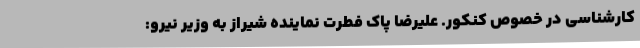
کارشناسی در خصوص کنکور. علیرضا پاک فطرت نماینده شیراز به وزیر نیرو: